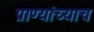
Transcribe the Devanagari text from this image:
प्राण्यांच्याच